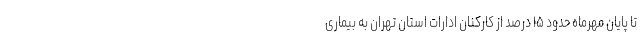
تا پایان مهرماه حدود ۱۵ درصد از کارکنان ادارات استان تهران به بیماری